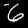
Digit: 6